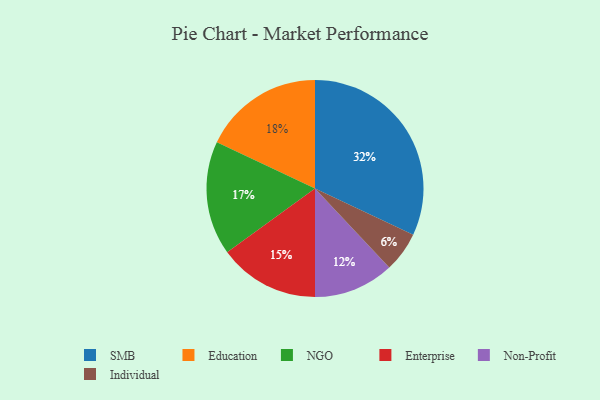
{"axis": {"x": "Category", "y": "Percentage"}, "legend": ["Education", "Enterprise", "Individual", "NGO", "Non-Profit", "SMB"], "data": [{"x": "SMB", "y": 32, "type": "SMB"}, {"x": "Non-Profit", "y": 12, "type": "Non-Profit"}, {"x": "NGO", "y": 17, "type": "NGO"}, {"x": "Individual", "y": 6, "type": "Individual"}, {"x": "Education", "y": 18, "type": "Education"}, {"x": "Enterprise", "y": 15, "type": "Enterprise"}]}